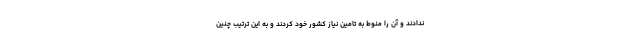
ندادند و آن را منوط به تامین نیاز کشور خود کردند و به این ترتیب چنین